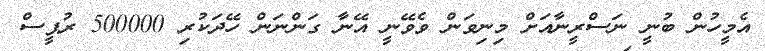
އެމީހުން ބުނީ ނަސްރީނާއަށް މިނިވަން ވެވޭނީ އޭނާ ގަންނަން ހޭދަކުރި 500000 ރުޕީސް